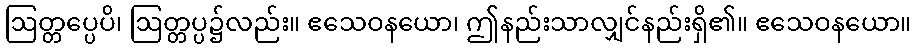
ဩတ္တပ္ပေပိ၊ ဩတ္တပ္ပ၌လည်း။ ဧသေဝနယော၊ ဤနည်းသာလျှင်နည်းရှိ၏။ ဧသေဝနယော။